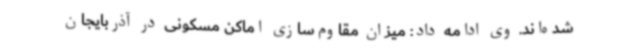
شده‌اند. وی ادامه داد: میزان مقاوم‌سازی اماکن مسکونی در آذربایجان